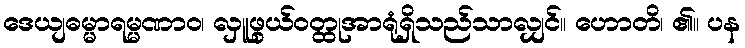
ဒေယျဓမ္မာရမ္မဏာဝ၊ လှူဖွယ်ဝတ္ထုအာရုံရှိသည်သာလျှင်။ ဟောတိ၊ ၏။ ပန